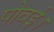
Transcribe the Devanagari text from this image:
पोवई।